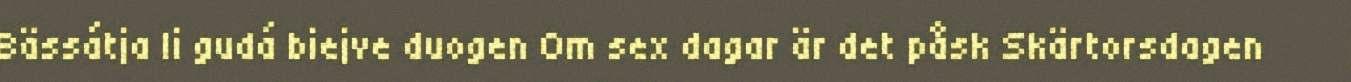
Bässátja li gudá biejve duogen Om sex dagar är det påsk Skärtorsdagen